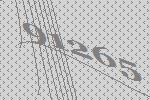
91265